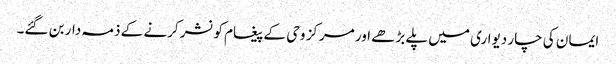
ایمان کی چار دیواری میں پلے بڑھے اور مرکز وحی کے پیغام کو نشر کرنے کے ذمہ دار بن گئے۔